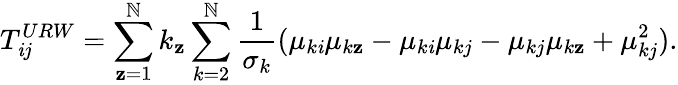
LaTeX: T_{\mathit{i}j}^{URW}=\sum_{\mathbf{z}=1}^{\mathbb{N}}k_{\mathbf{z}}\sum_{k=2}^{\mathbb{N}}\frac{{1}}{{\sigma_{k}}}(\mu_{k\mathit{i}}\mu_{k\mathbf{z}}-\mu_{k\mathit{i}}\mu_{kj}-\mu_{kj}\mu_{k\mathbf{z}}+\mu_{kj}^{2}).